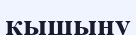
қышыну